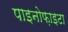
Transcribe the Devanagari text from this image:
पाइनोफ़ाइटा